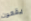
يقعون